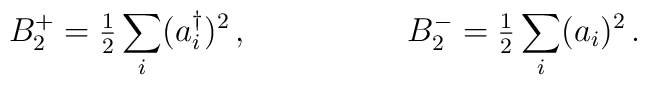
B_2^+ = {\textstyle{1\over 2}}\sum_i (a_i^\dagger)^2\, ,\hskip 2truecmB_2^- = {\textstyle{1\over 2}}\sum_i (a_i)^2\, .